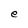
Character: e